Statistics compiled by the Government of India from the reports of provincial Civil Veterinary Departments
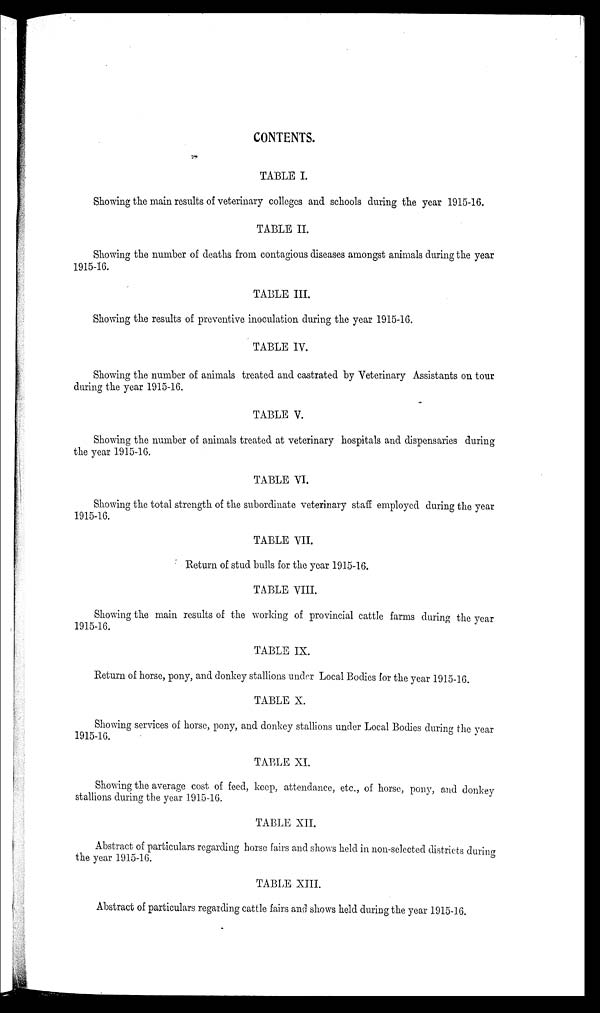
CONTENTS.
TABLE I.
Showing the main results of veterinary colleges and schools during the year 1915-16.
TABLE II.
Showing the number of deaths from contagious diseases amongst animals during the year
1915-16.
TABLE III.
Showing the results of preventive inoculation during the year 1915-16.
TABLE IV.
Showing the number of animals treated and castrated by Veterinary Assistants on tour
during the year 1915-16.
TABLE V.
Showing the number of animals treated at veterinary hospitals and dispensaries during
the year 1915-16.
TABLE VI.
Showing the total strength of the subordinate veterinary staff employed during the year
1915-16.
TABLE VII.
Return of stud bulls for the year 1915-16.
TABLE VIII.
Showing the main results of the working of provincial cattle farms during the year
1915-16.
TABLE IX.
Return of horse, pony, and donkey stallions under Local Bodies for the year 1915-16.
TABLE X.
Showing services of horse, pony, and donkey stallions under Local Bodies during the year
1915-16.
TABLE XI.
Showing the average cost of feed, keep, attendance, etc., of horse, pony, and donkey
stallions during the year 1915-16.
TABLE XII.
Abstract of particulars regarding horse fairs and shows held in non-selected districts during
the year 1915-16.
TABLE XIII.
Abstract of particulars regarding cattle fairs and shows held during the year 1915-16.